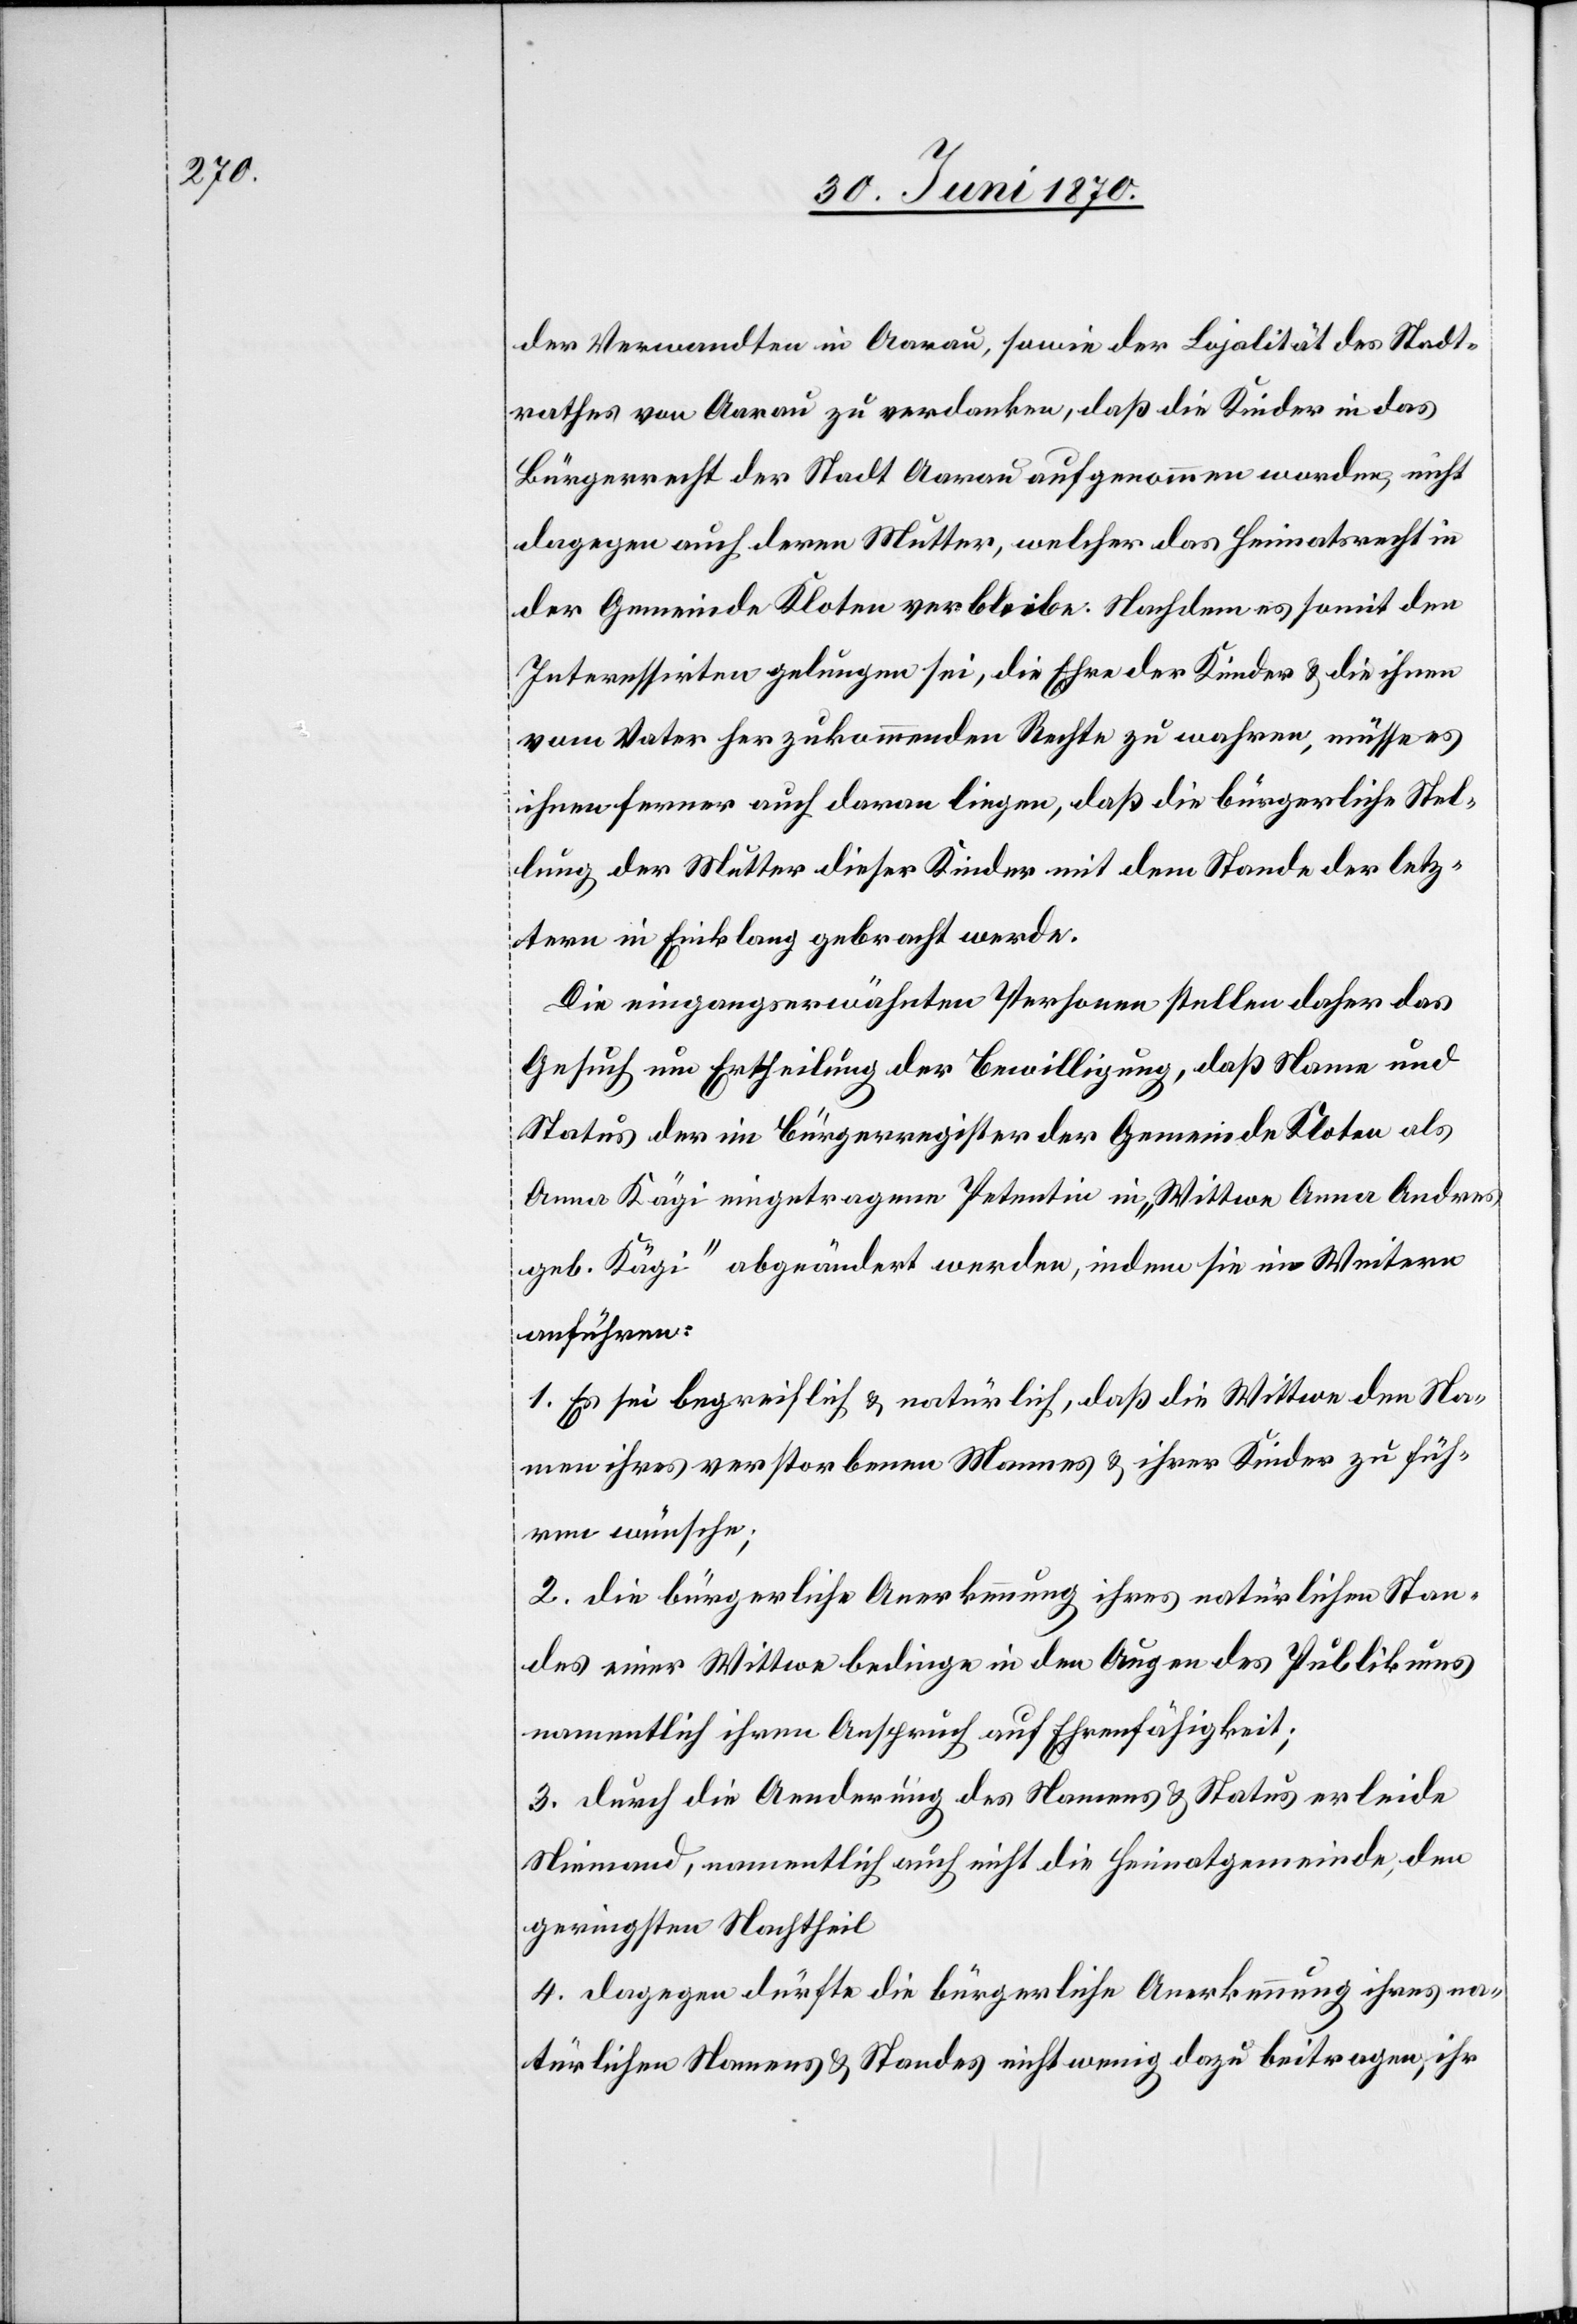
der Verwandten in Aarau, sowie der Lojalität [sic!] des Stadt¬
rathes von Aarau zu verdanken, daß die Kinder in das
Bürgerrecht der Stadt Aarau aufgenommen worden, nicht
dagegen auch deren Mutter, welcher das Heimatsrecht in
der Gemeinde Kloten verbleibe. Nachdem es somit den
Interessirten gelungen sei, die Ehre der Kinder & die ihnen
vom Vater herzukommenden Rechte zu wahren, müsse es
ihnen ferner auch daran liegen, daß die bürgerliche Stel¬
lung der Mutter dieser Kinder mit dem Stande der letz¬
tern in Einklang gebracht werde.
Die eingangserwähnten Personen stellen daher das
Gesuch um Ertheilung der Bewilligung, daß Name und
Status der im Bürgerregister der Gemeinde Kloten als
Anna Kägi eingetragenen Petentin in „Wittwe Anna Andres
geb. Kägi“ abgeändert werden, indem sie im Weitern
anführen:
1. Es sei begreiflich & natürlich, daß die Wittwe den Na¬
men ihres verstorbenen Mannes & ihrer Kinder zu füh¬
ren wünsche;
2. die bürgerliche Anerkennung ihres natürlichen Stan¬
des einer Wittwe bedinge in den Augen des Publikums
namentlich ihren Anspruch auf Ehrenfähigkeit;
3. durch die Aenderung des Namens & Status erleide
Niemand, namentlich auch nicht die Heimatsgemeinde, den
geringsten Nachtheil.
4. dagegen dürfte die bürgerliche Anerkennung ihres na¬
türlichen Namens & Standes nicht wenig dazu beitragen, ihr